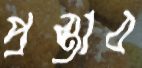
প্রস্তাব